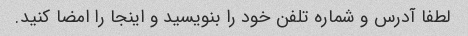
لطفا آدرس و شماره تلفن خود را بنویسید و اینجا را امضا کنید.